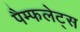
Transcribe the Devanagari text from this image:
पैम्फलेट्स